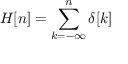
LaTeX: H [ n ] = \sum _ { k = - \infty } ^ { n } \delta [ k ]